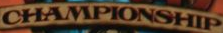
CHAMPIONSHIP